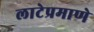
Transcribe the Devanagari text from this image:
लाटेप्रमाणे